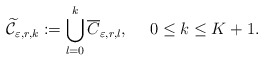
\begin{align*}\widetilde{\mathcal C}_{\varepsilon, r, k} := \bigcup_{l=0}^k \overline{C}_{\varepsilon, r, l}, ~~~~ 0 \leq k \leq K + 1.\end{align*}